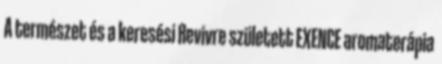
A természet és a keresési Revivre született EXENCE aromaterápia